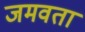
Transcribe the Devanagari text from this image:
जमवता